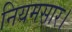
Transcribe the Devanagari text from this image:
नियमसार।